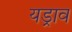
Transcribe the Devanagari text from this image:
यड्राव